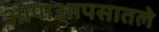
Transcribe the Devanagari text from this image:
आपाआपसातले